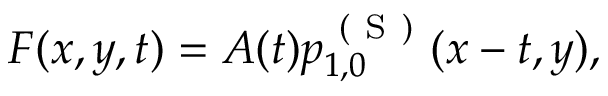
\begin{array} { r } { F ( x , y , t ) = A ( t ) p _ { 1 , 0 } ^ { \mathrm { ~ ( ~ S ~ ) ~ } } ( x - t , y ) , } \end{array}